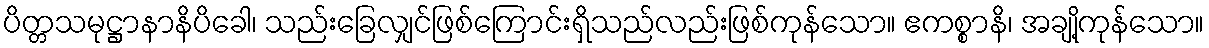
ပိတ္တသမုဋ္ဌာနာနိပိခေါ၊ သည်းခြေလျှင်ဖြစ်ကြောင်းရှိသည်လည်းဖြစ်ကုန်သော။ ဧကစ္စာနိ၊ အချို့ကုန်သော။